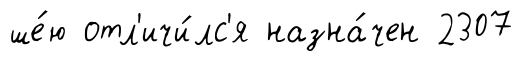
ше́ю отл'ичи́лс'я назна́чен 2307